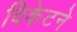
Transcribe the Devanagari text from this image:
विकेटने